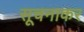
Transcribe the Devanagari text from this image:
सूचनाकर